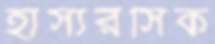
হাস্যরসিক